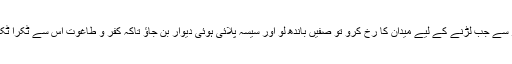
ساتھ ہی بتا دیا کہ کفار سے جب لڑنے کے لیے میدان کا رخ کرو تو صفیں باندھ لو اور سیسہ پلائی ہوئی دیوار بن جاؤ تاکہ کفر و طاغوت اس سے ٹکرا ٹکرا کو واپس لوٹ جائیں۔